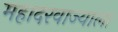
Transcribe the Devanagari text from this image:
महादरवाज्याला